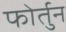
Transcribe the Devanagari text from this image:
फोर्तुन